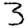
Digit: 3